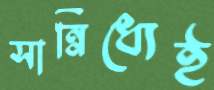
সান্নিধ্যেই